Annual administration and progress report of the Indian Medical Department, Bombay
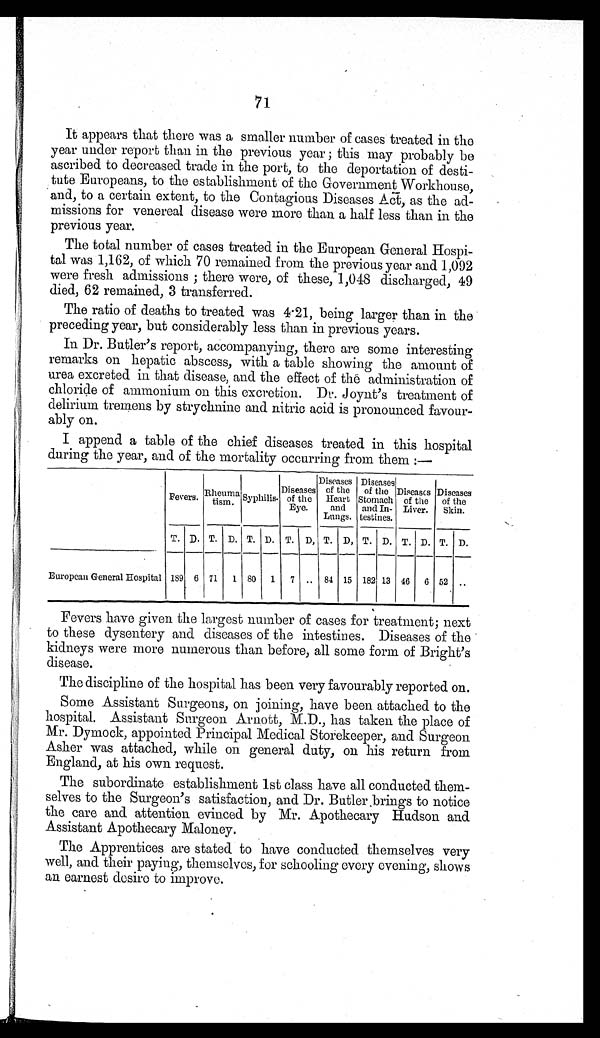
71
It appears that there was a smaller number of cases treated in the
year under report than in the previous year ; this may probably be
ascribed to decreased trade in the port, to the deportation of desti-
tute Europeans, to the establishment of the Government Workhouse,
and, to a certain extent, to the Contagious Diseases Act, as the ad-
missions for venereal disease were more than a half less than in the
previous year.
The total number of cases treated in the European General Hospi-
tal was 1,162, of which 70 remained from the previous year and 1,092
were fresh admissions ; there were, of these, 1,048 discharged, 49
died, 62 remained, 3 transferred.
The ratio of deaths to treated was 4.21, being larger than in the
preceding year, but considerably less than in previous years.
In Dr. Butler's report, accompanying, there are some interesting
remarks on hepatic abscess, with a table showing the amount of
urea excreted in that disease, and the effect of the administration of
chloride of ammonium on this excretion. Dr. Joynt's treatment of
delirium tremens by strychnine and nitric acid is pronounced favour-
ably on.
I append a table of the chief diseases treated in this hospital
during the year, and of the mortality occurring from them :—
Fevers. Rheuma tism. Syphilis.
Diseases
of the
Eye.
Diseases
of the
Heart
and
Lungs.
Diseases
of the
Stomach
and In-
testines.
Diseases of the
Liver.
Diseases
of the
Skin.
T. D. T. D. T. D. T. D. T. D. T. D. T. D. T. D.
European General Hospital 189 6 71 1 80 1 7 .. 84 15 182 13 46 6 52 ..
Fevers have given the largest number of cases for treatment; next
to these dysentery and diseases of the intestines. Diseases of the
kidneys were more numerous than before, all some form of Bright's
disease.
The discipline of the hospital has been very favourably reported on.
Some Assistant Surgeons, on joining, have been attached to the
hospital. Assistant Surgeon Arnott, M.D., has taken the place of
Mr. Dymock, appointed Principal Medical Storekeeper, and Surgeon
Asher was attached, while on general duty, on his return from
England, at his own request.
The subordinate establishment 1st class have all conducted them-
selves to the Surgeon's satisfaction, and Dr. Butler brings to notice
the care and attention evinced by Mr. Apothecary Hudson and
Assistant Apothecary Maloney.
The Apprentices are stated to have conducted themselves very
well, and their paying, themselves, for schooling every evening, shows
an earnest desire to improve.